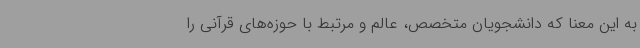
به این معنا که دانشجویان متخصص، عالم و مرتبط با حوزه‌های قرآنی را